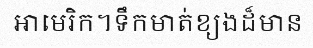
អាមេរិក។ទឹកមាត់ខ្យងដ៏មាន